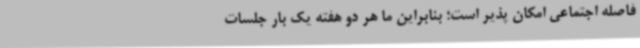
فاصله اجتماعی امکان پذیر است؛ بنابراین ما هر دو هفته یک بار جلسات